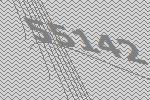
55142